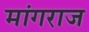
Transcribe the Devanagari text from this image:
मांगराज